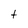
Character: t